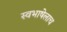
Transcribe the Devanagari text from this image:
स्वभाषेलाच